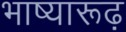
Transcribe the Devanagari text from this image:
भाष्यारूढ़